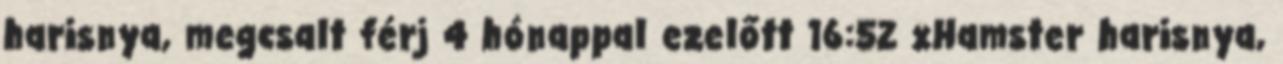
harisnya, megcsalt férj 4 hónappal ezelőtt 16:52 xHamster harisnya,